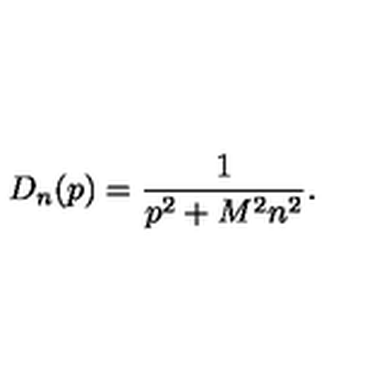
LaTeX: D _ { n } ( p ) = \frac 1 { p ^ { 2 } + M ^ { 2 } n ^ { 2 } } .